Problem: 8 + 49 = ?
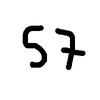
Handwritten answer: 57